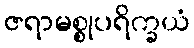
ဇရာမစ္စုပရိက္ခယံ